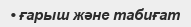
• ғарыш және табиғат